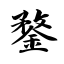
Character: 鍪